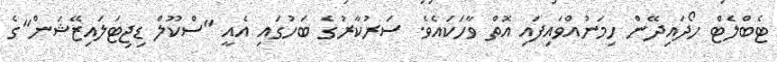
ޓެބްލެޓް ހޯދައިދޭން ހިމަނުއްވައިފައި އޮތް ވާހަކައެވެ. ސަރުކާރުގެ ބަހުގައި އެއީ "ސްކޫލް ޑިޖިޓަލައިޒޭޝަން"ގެ